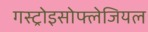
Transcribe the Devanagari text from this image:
गस्ट्रोइसोफ्लेजियल